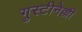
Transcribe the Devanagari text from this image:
गुस्टीनेल्ली